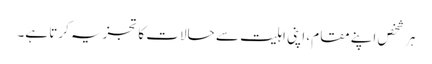
ہر شخص اپنے مقام، اپنی اہلیت سے حالات کا تجزیہ کرتا ہے۔